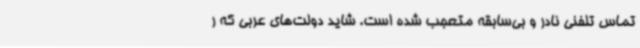
تماس تلفنی نادر و بی‌سابقه متعجب شده است. شاید دولت‌های عربی که ر